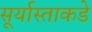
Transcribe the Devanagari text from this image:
सूर्यास्ताकडे